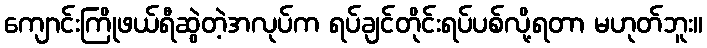
ကျောင်းကြိုဖယ်ရီဆွဲတဲ့အလုပ်က ရပ်ချင်တိုင်းရပ်ပစ်လို့ရတာ မဟုတ်ဘူး။